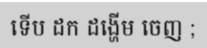
ទើប ដក ដង្ហើម ចេញ ;